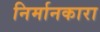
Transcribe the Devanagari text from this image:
निर्मानकारा